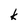
Character: k